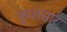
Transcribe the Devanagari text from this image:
कुशसार